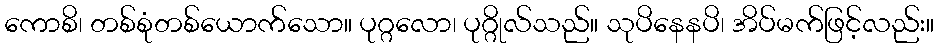
ကောစိ၊ တစ်စုံတစ်ယောက်သော။ ပုဂ္ဂလော၊ ပုဂ္ဂိုလ်သည်။ သုပိနေနပိ၊ အိပ်မက်ဖြင့်လည်း။